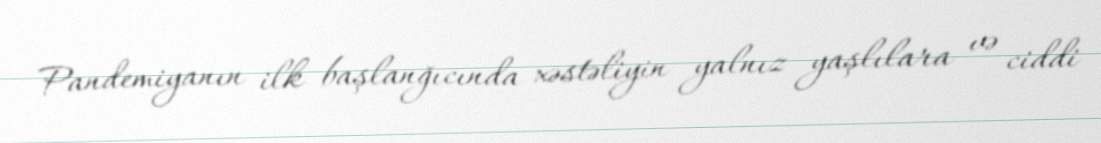
Pandemiyanın ilk başlanğıcında xəstəliyin yalnız yaşlılara və ciddi